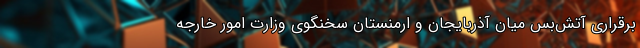
برقراری آتش‌بس میان آذربایجان و ارمنستان سخنگوی وزارت امور خارجه